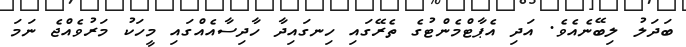
ބަދަލު ލިބޭނެއެވެ. އަދި އެޕާޓްމެންޓުގެ ތެރޭގައި ހިނގައިދާ ހާދިސާއެއްގައި މީހަކު މަރުވެއްޖެ ނަމަ